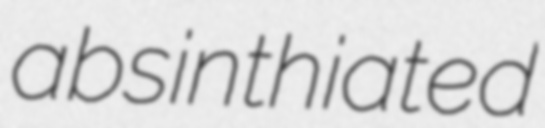
absinthiated